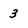
Character: 3